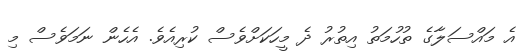
އެ މައްސަލާގެ ތުހުމަތު އިތުރު ދެ މީހަކަށްވެސް ކުރިއެވެ. އެހެން ނަމަވެސް މި